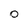
Character: O